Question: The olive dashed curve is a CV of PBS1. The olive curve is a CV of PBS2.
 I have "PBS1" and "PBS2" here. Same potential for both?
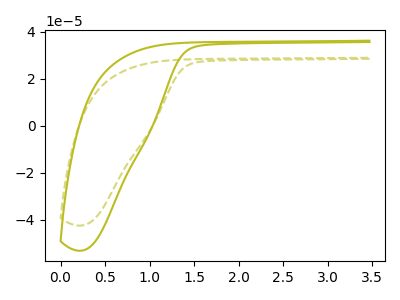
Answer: <think>The olive dashed curve "PBS1" has no peaks. The olive curve "PBS2" has no peaks.
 Neither "PBS1" or "PBS2" have any peaks.</think>
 <answer>"PBS1" and "PBS2" are similar in shape.</answer>
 <eval>same_shape</eval>